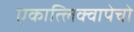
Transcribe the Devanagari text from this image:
एकात्लिक्वापेचो